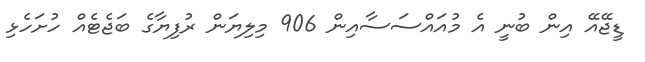
ޑީޖޭއޭ އިން ބުނީ އެ މުއައްސަސާއިން 906 މިލިޔަން ރުފިޔާގެ ބަޖެޓެއް ހުށަހެޅި